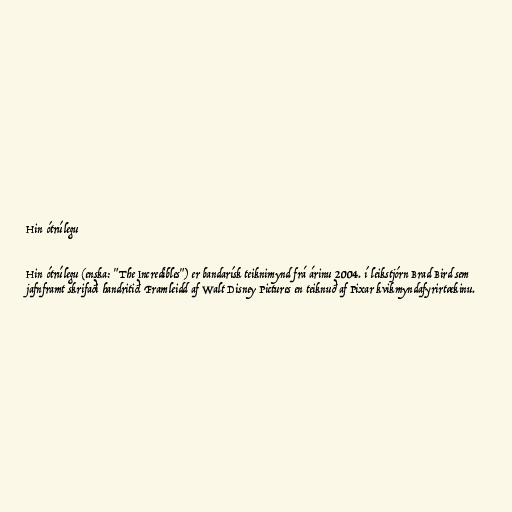
Hin ótrúlegu

Hin ótrúlegu (enska: "The Incredibles") er bandarísk teiknimynd frá árinu 2004. í leikstjórn Brad Bird sem
jafnframt skrifaði handritið. Framleidd af Walt Disney Pictures en teiknuð af Pixar kvikmyndafyrirtækinu.